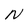
Character: N